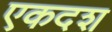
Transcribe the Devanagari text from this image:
एकदश